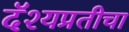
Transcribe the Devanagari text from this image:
दॅश्यप्रतीचा